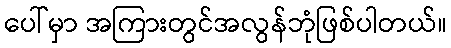
ပေါ်မှာ အကြားတွင်အလွန်ဘုံဖြစ်ပါတယ်။